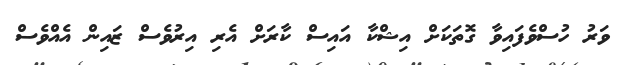
ވަރު ހުސްވެފައިވާ ގޮތަކަށް އިޝްކާ އައިސް ކާރަށް އެރި އިރުވެސް ޒައިން އެއްވެސް